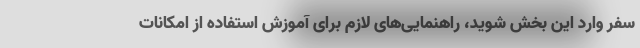
سفر وارد این بخش شوید، راهنمایی‌های لازم برای آموزش استفاده از امکانات